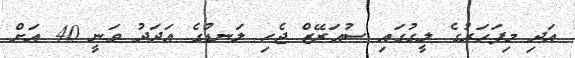
އަދި މިފަހަރުގެ ލީގުގައި ސުއަރޭޒް ޖެހި ލަނޑުގެ އަދަދު ވަނީ 40 އަށް